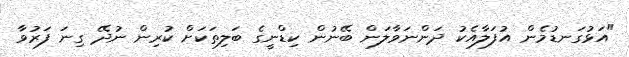
"އަޅުގަނޑުމެން އުފަލާއެކު ދަންނަވާލަން ބޭނުން ކިޑްނީގެ ބަލިތަކަށް ކުރިން ނުދޭ ގިނަ ފަރުވާ